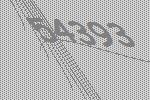
54393